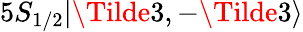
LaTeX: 5S_{1/2}|\Tilde{3},-\Tilde{3}\rangle